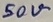
Text: 50V